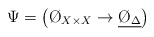
\begin{align*} \Psi = \left( \O_{X\times X}\to\underline{\O_\Delta} \right)\end{align*}